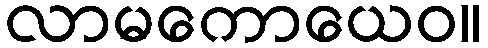
လာမကောယေဝ။